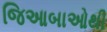
જિઆબાઓથી